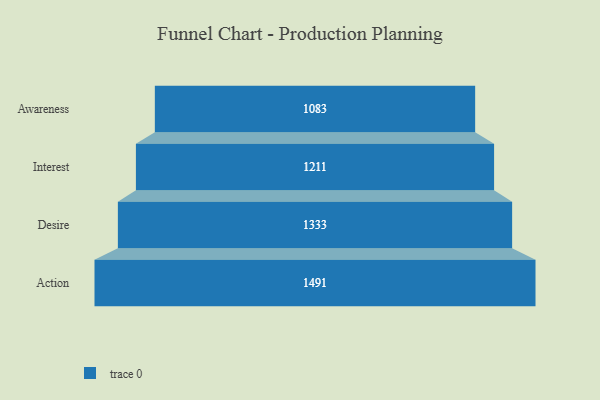
{"axis": {"x": "Stage", "y": "Value"}, "legend": [""], "data": [{"x": "Awareness", "y": 1083.0, "type": ""}, {"x": "Interest", "y": 1211.0, "type": ""}, {"x": "Desire", "y": 1333.0, "type": ""}, {"x": "Action", "y": 1491.0, "type": ""}]}